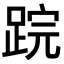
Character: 𨁚